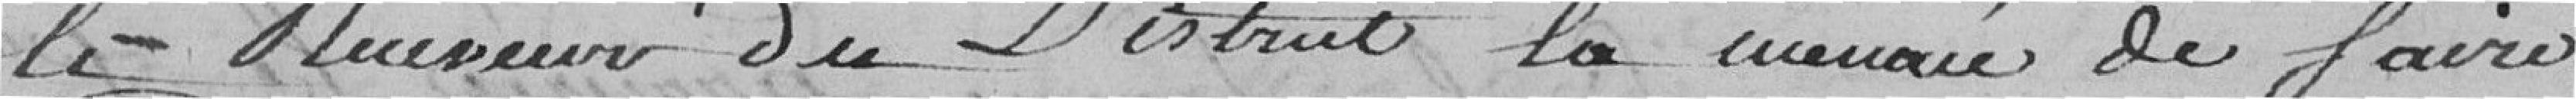
le receveur du Districe l'a menacé de faire